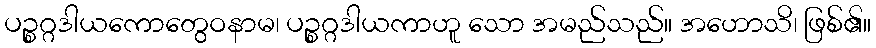
ပဉ္စဂ္ဂဒါယကောတွေဝနာမ၊ ပဉ္စဂ္ဂဒါယကာဟူ သော အမည်သည်။ အဟောသိ၊ ဖြစ်၏။